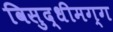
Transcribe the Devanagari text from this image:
विसुद्धीमग्ग